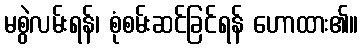
မစွဲလမ်းရန်၊ စုံစမ်းဆင်ခြင်ရန် ဟောထား၏။